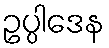
ဥပ္ပါဒေန